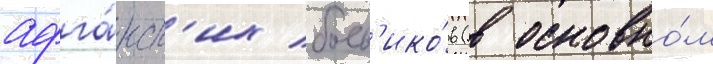
афга́нск'их боев'ико́в (в основно́м